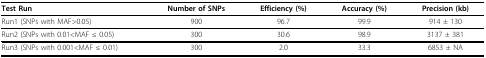
<table><thead><tr><td><b>Test Run</b></td><td><b>Number of SNPs</b></td><td><b>Efficiency(%)</b></td><td><b>Accuracy (%)</b></td><td><b>Precision (kb)</b></td></tr></thead><tbody><tr><td>Run1 (SNPs with MAF&gt;0.05)</td><td>900</td><td>96.7</td><td>99.9</td><td>914 ± 130</td></tr><tr><td>Run2 (SNPs with 0.01&lt;MAF ≤ 0.05)</td><td>300</td><td>30.6</td><td>98.9</td><td>3137 ± 381</td></tr><tr><td>Run3 (SNPs with 0.001&lt;MAF ≤ 0.01)</td><td>300</td><td>2.0</td><td>33.3</td><td>6853 ± NA</td></tr></tbody></table>